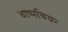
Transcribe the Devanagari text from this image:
वाष्पबियर